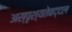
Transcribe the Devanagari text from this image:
अस्पृश्यतेबद्दल